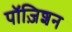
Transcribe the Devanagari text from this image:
पॉज़िशन